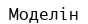
Моделін